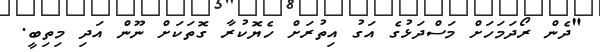
"ދެން ރޯދަމަހަށް މަސްދަޅުގެ އަގު އިތުރަށް ހެޔޮކުރާ ގޮތަކަށް ނޫން އަދި މިތިބީ.